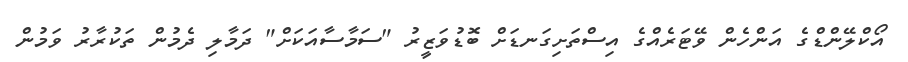
އޯކްލޭންޑްގެ އަންހެން ވޭޓަރެއްގެ އިސްތަށިގަނޑަށް ބޮޑުވަޒީރު "ސަމާސާއަކަށް" ދަމާލި ދެމުން ތަކުރާރު ވަމުން